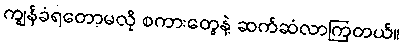
ကျွန်ခံရတော့မလို စကားတွေနဲ့ ဆက်ဆံလာကြတယ်။